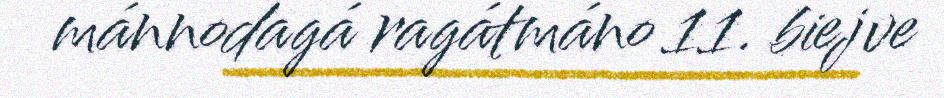
mánnodagá ragátmáno 11. biejve